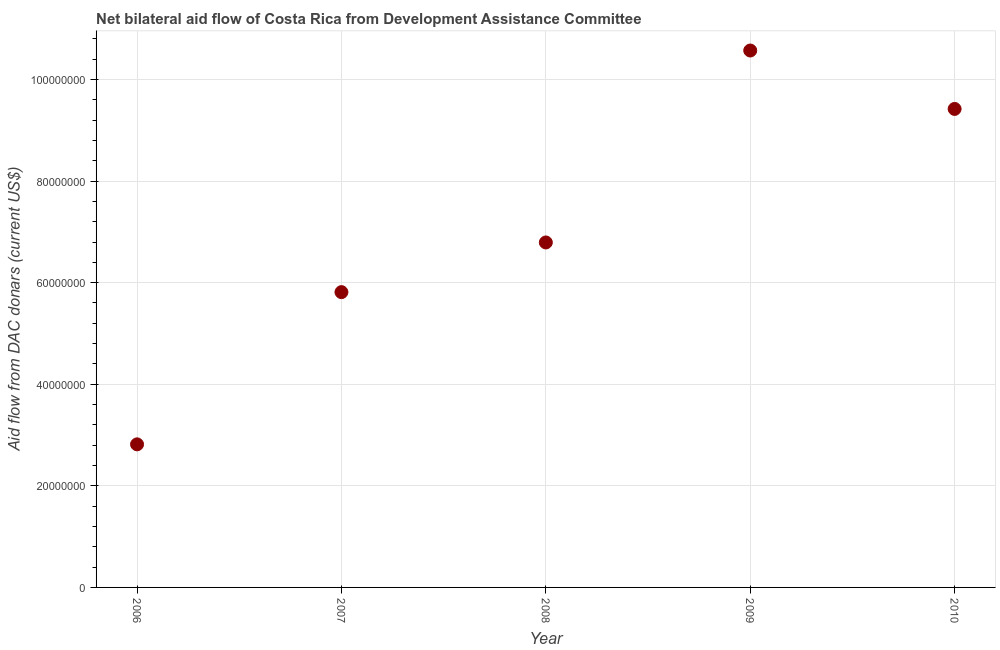
| Year | Net bilateral aid flows from DAC donors |
 | --- | --- |
 | 2006 | 2.82e+07 |
 | 2007 | 5.81e+07 |
 | 2008 | 6.79e+07 |
 | 2009 | 1.06e+08 |
 | 2010 | 9.42e+07 |